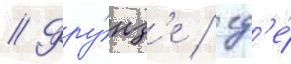
// Фру́нз'е / гд'е́